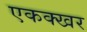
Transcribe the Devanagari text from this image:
एकक्खर